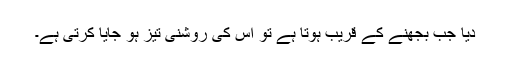
دیا جب بجھنے کے قریب ہوتا ہے تو اس کی روشنی تیز ہو جایا کرتی ہے۔